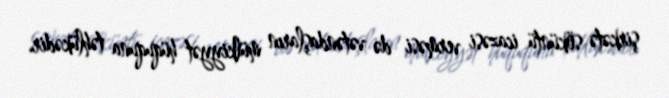
şirkətə söküntü icazəsi verməsi də vətəndaşların mülkiyyət hüququna təhlükədir.